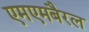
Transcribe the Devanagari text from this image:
एमएमबैरल